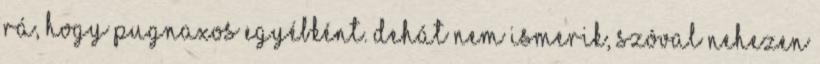
rá, hogy Pugnaxos egyébként. Dehát nem ismerik, szóval nehezen